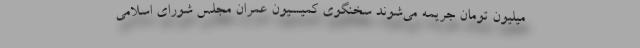
میلیون تومان جریمه می‌شوند سخنگوی کمیسیون عمران مجلس شورای اسلامی